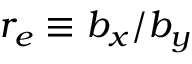
r _ { e } \equiv b _ { x } / b _ { y }